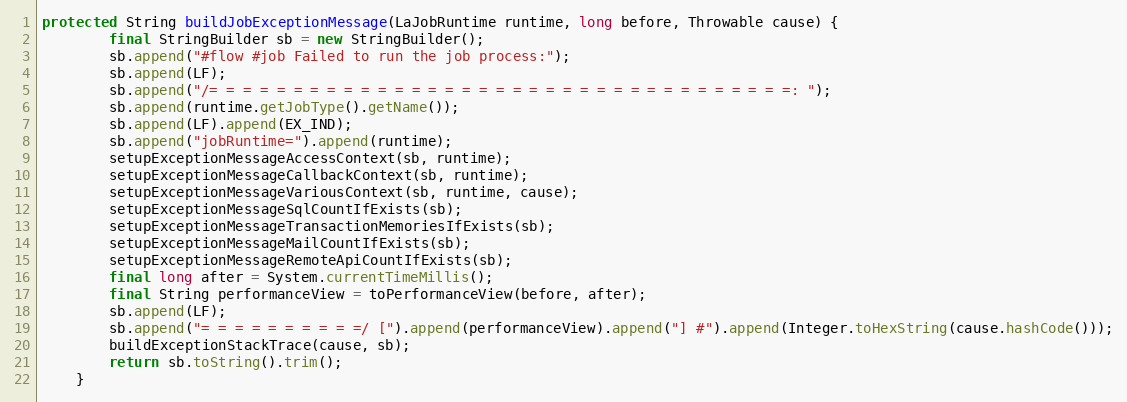
Language: Java
protected String buildJobExceptionMessage(LaJobRuntime runtime, long before, Throwable cause) {
        final StringBuilder sb = new StringBuilder();
        sb.append("#flow #job Failed to run the job process:");
        sb.append(LF);
        sb.append("/= = = = = = = = = = = = = = = = = = = = = = = = = = = = = = = = = = =: ");
        sb.append(runtime.getJobType().getName());
        sb.append(LF).append(EX_IND);
        sb.append("jobRuntime=").append(runtime);
        setupExceptionMessageAccessContext(sb, runtime);
        setupExceptionMessageCallbackContext(sb, runtime);
        setupExceptionMessageVariousContext(sb, runtime, cause);
        setupExceptionMessageSqlCountIfExists(sb);
        setupExceptionMessageTransactionMemoriesIfExists(sb);
        setupExceptionMessageMailCountIfExists(sb);
        setupExceptionMessageRemoteApiCountIfExists(sb);
        final long after = System.currentTimeMillis();
        final String performanceView = toPerformanceView(before, after);
        sb.append(LF);
        sb.append("= = = = = = = = = =/ [").append(performanceView).append("] #").append(Integer.toHexString(cause.hashCode()));
        buildExceptionStackTrace(cause, sb);
        return sb.toString().trim();
    }